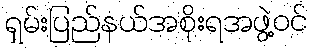
ရှမ်းပြည်နယ်အစိုးရအဖွဲ့ဝင်